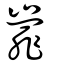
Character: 㠑